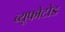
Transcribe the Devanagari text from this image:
ब्यूफोटोड